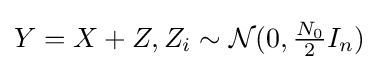
Y=X+Z,Z_{i}\sim {\mathcal {N}}(0,{\tfrac {N_{0}}{2}}I_{n})\,\!